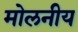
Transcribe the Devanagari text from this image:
मोलनीय